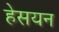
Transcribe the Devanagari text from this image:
हेसयन